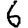
Digit: 6